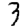
Digit: 3